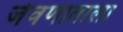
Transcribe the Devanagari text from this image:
जेवणाताला